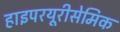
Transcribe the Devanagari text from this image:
हाइपरयूरीसेमिक